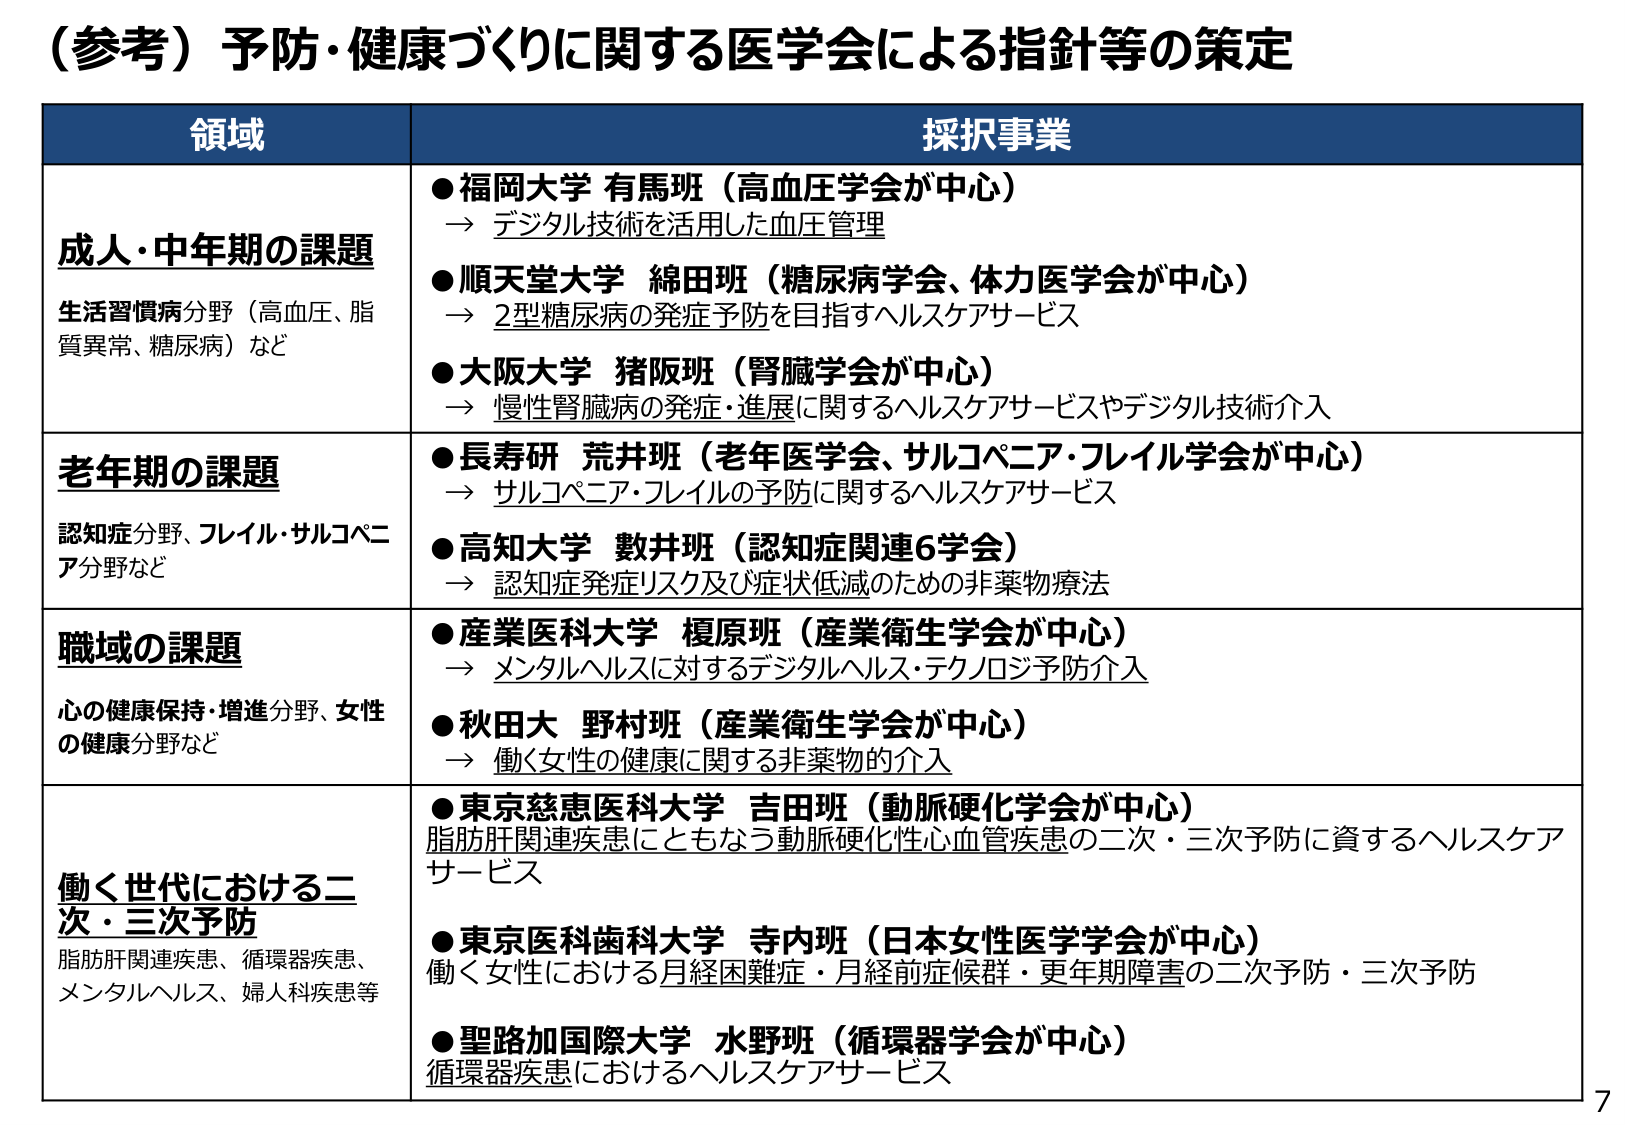
（参考）予防・健康づくりに関する医学会による指針等の策定

領域 採択事業

成人・中年期の課題
生活習慣病分野（高血圧、脂質異常、糖尿病）など
●福岡大学 有馬班（高血圧学会が中心）
→ デジタル技術を活用した血圧管理
●順天堂大学 綿田班（糖尿病学会、体力医学会が中心）
→ 2型糖尿病の発症予防を目指すヘルスケアサービス
●大阪大学 猪阪班（腎臓学会が中心）
→ 慢性腎臓病の発症・進展に関するヘルスケアサービスやデジタル技術介入

老年期の課題
認知症分野、フレイル・サルコペニア分野など
●長寿研 荒井班（老年医学会、サルコペニア・フレイル学会が中心）
→ サルコペニア・フレイルの予防に関するヘルスケアサービス
●高知大学 敷井班（認知症関連6学会）
→ 認知症発症リスク及び症状低減のための非薬物療法

職域の課題
心の健康保持・増進分野、女性の健康分野など
●産業医科大学 榎原班（産業衛生学会が中心）
→ メンタルヘルスに対するデジタルヘルス・テクノロジ予防介入
●秋田大 野村班（産業衛生学会が中心）
→ 働く女性の健康に関する非薬物的介入

働く世代における二次・三次予防
脂肪肝関連疾患、循環器疾患、メンタルヘルス、婦人科疾患等
●東京慈恵医科大学 吉田班（動脈硬化学会が中心）
脂肪肝関連疾患にともなう動脈硬化性心血管疾患の二次・三次予防に資するヘルスケアサービス
●東京医科歯科大学 寺内班（日本女性医学学会が中心）
働く女性における月経困難症・月経前症候群・更年期障害の二次予防・三次予防
●聖路加国際大学 水野班（循環器学会が中心）
循環器疾患におけるヘルスケアサービス

7